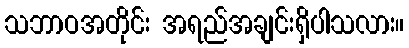
သဘာဝအတိုင်း အရည်အချင်းရှိပါသလား။